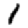
Digit: 1